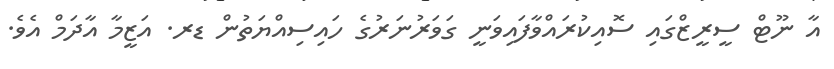
އާ ނޫޓް ސީރީޒްގައި ސޮއިކުރައްވާފައިވަނީ ގަވަރުނަރުގެ ހައިސިއްޔަތުން ޑރ. އަޒީމާ އާދަމް އެވެ.